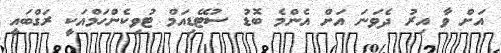
އަށް ވާ އިރު ދެވަނަ އަށް އެންމެ ބޮޑު ސުޓޭޑިއަމް ޓުވިކެންހަމްއަކީ ރަގްބައީ